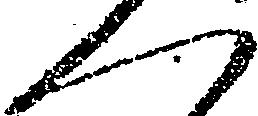
く